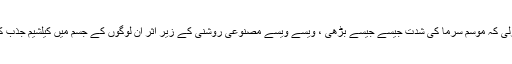
انہوں نے جلد ہی یہ بات معلوم کرلی کہ موسمِ سرما کی شدت جیسے جیسے بڑھی ، ویسے ویسے مصنوعی روشنی کے زیرِ اثر ان لوگوں کے جسم میں کیلشیم جذب کرنے کی صلاحیت کم ہوتی گئی ۔